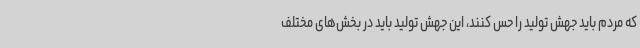
که مردم باید جهش تولید را حس کنند، این جهش تولید باید در بخش‌های مختلف